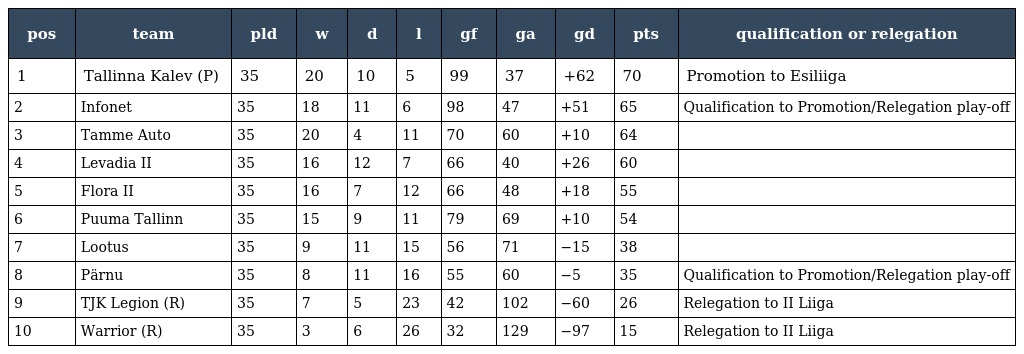
| pos | team | pld | w | d | l | gf | ga | gd | pts | qualification or relegation |
 | --- | --- | --- | --- | --- | --- | --- | --- | --- | --- | --- |
 | 1 | Tallinna Kalev (P) | 35 | 20 | 10 | 5 | 99 | 37 | +62 | 70 | Promotion to Esiliiga |
 | 2 | Infonet | 35 | 18 | 11 | 6 | 98 | 47 | +51 | 65 | Qualification to Promotion/Relegation play-off |
 | 3 | Tamme Auto | 35 | 20 | 4 | 11 | 70 | 60 | +10 | 64 |  |
 | 4 | Levadia II | 35 | 16 | 12 | 7 | 66 | 40 | +26 | 60 |  |
 | 5 | Flora II | 35 | 16 | 7 | 12 | 66 | 48 | +18 | 55 |  |
 | 6 | Puuma Tallinn | 35 | 15 | 9 | 11 | 79 | 69 | +10 | 54 |  |
 | 7 | Lootus | 35 | 9 | 11 | 15 | 56 | 71 | −15 | 38 |  |
 | 8 | Pärnu | 35 | 8 | 11 | 16 | 55 | 60 | −5 | 35 | Qualification to Promotion/Relegation play-off |
 | 9 | TJK Legion (R) | 35 | 7 | 5 | 23 | 42 | 102 | −60 | 26 | Relegation to II Liiga |
 | 10 | Warrior (R) | 35 | 3 | 6 | 26 | 32 | 129 | −97 | 15 | Relegation to II Liiga |